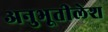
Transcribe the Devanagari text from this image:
अनुभूतीलेश